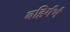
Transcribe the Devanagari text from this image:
बहिर्गर्भ